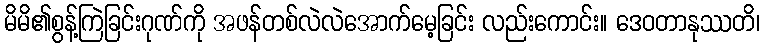
မိမိ၏စွန့်ကြဲခြင်းဂုဏ်ကို အဖန်တစ်လဲလဲအောက်မေ့ခြင်း လည်းကောင်း။ ဒေဝတာနုဿတိ၊